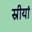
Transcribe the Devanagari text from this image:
स्रीयां